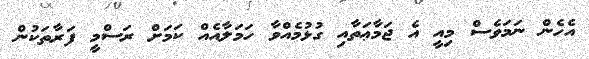
އެހެން ނަމަވެސް މިއީ އެ ޖަމާޢަތާއި ގުޅުމެއްވާ ހަމަލާއެއް ކަމަށް ރަސްމީ ފަރާތަކުން